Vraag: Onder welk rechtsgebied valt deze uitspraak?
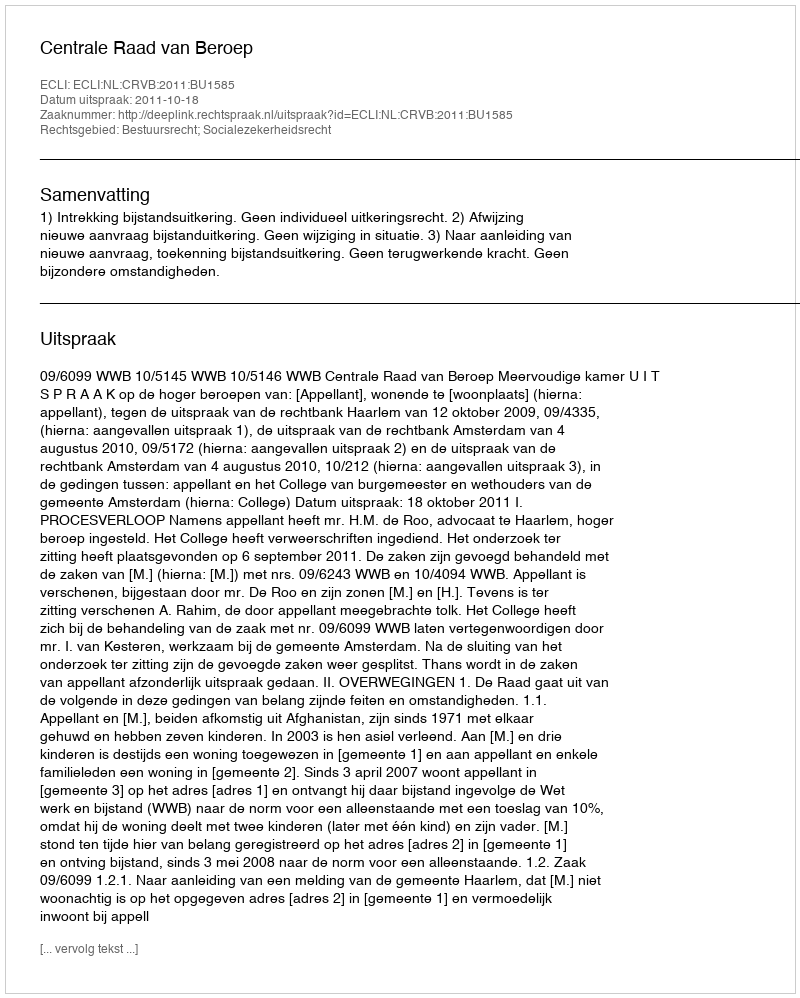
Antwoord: Bestuursrecht; Socialezekerheidsrecht